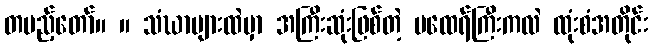
တပည့်တော်။ ။ သံဃာများထဲမှာ အကြီးဆုံးဖြစ်တဲ့ မထေရ်ကြီးကလဲ ထုံးစံအတိုင်း